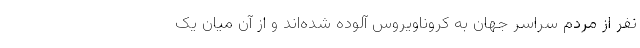
نفر از مردم سراسر جهان به کروناویروس آلوده شده‌اند و از آن میان یک